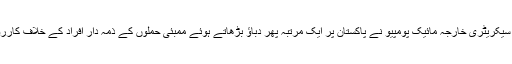
دوسری جانب امریکی سیکریٹری خارجہ مائیک پومپیو نے پاکستان پر ایک مرتبہ پھر دباؤ بڑھاتے ہوئے ممبئی حملوں کے ذمہ دار افراد کے خلاف کارروائی کا مطالبہ کیا ہے۔